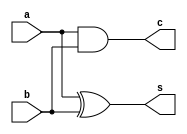
module ha(a,b,s,c);
    input a,b;
    output s,c;
    xor g1(s,a,b);
    and g2(c,a,b);
endmodule

module fa(a,b,cin,cout,sum);
    input a,b,cin;
    output cout,sum;
    wire wa1,wa2,wa3;
    ha m1(a,b,wa1,wa2);
    ha m2(wa1,cin,sum,wa3);
    or(cout,wa2,wa3);
endmodule